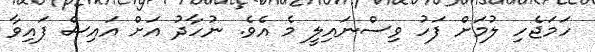
ހަމަޖެހި ލުމަށް ފަހު ވިސްނައިލީ މެ އެވެ. ނުހާދު އަށް އައިސް ފައިވާ